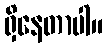
ရှိနေတာပါ။